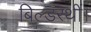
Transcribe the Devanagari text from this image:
बिल्डरथीं।